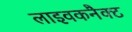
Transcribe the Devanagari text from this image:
लाइवकनैक्ट